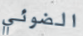
الضوئي